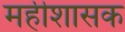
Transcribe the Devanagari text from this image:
महीशासक